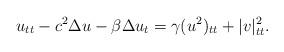
LaTeX: \begin{align*} u_{tt} - c^2\Delta u- \beta \Delta u_t &= \gamma (u^2)_{tt}+|v|^2_{tt}.\end{align*}